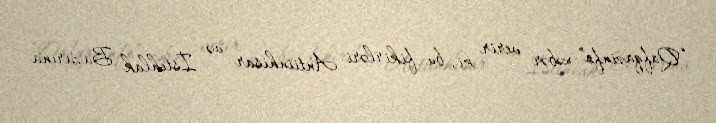
“Qafqazinfo” xəbər verir ki, bu fikirləri Antiinhisar və İstehlak Bazarına